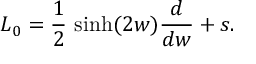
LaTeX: L _ { 0 } = \frac { 1 } { 2 } \, \sinh ( 2 w ) \frac { d } { d w } + s .